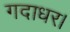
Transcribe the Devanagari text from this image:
गदाधर।